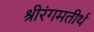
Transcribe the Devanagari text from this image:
श्रीरंगमतीर्थ